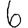
Digit: 6